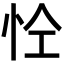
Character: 𢘐